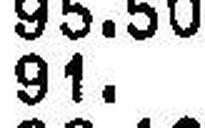
91.